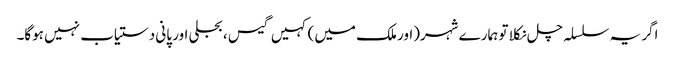
اگر یہ سلسلہ چل نکلا تو ہمارے شہر(اور ملک میں) کہیں گیس ، بجلی اور پانی دستیاب نہیں ہوگا۔